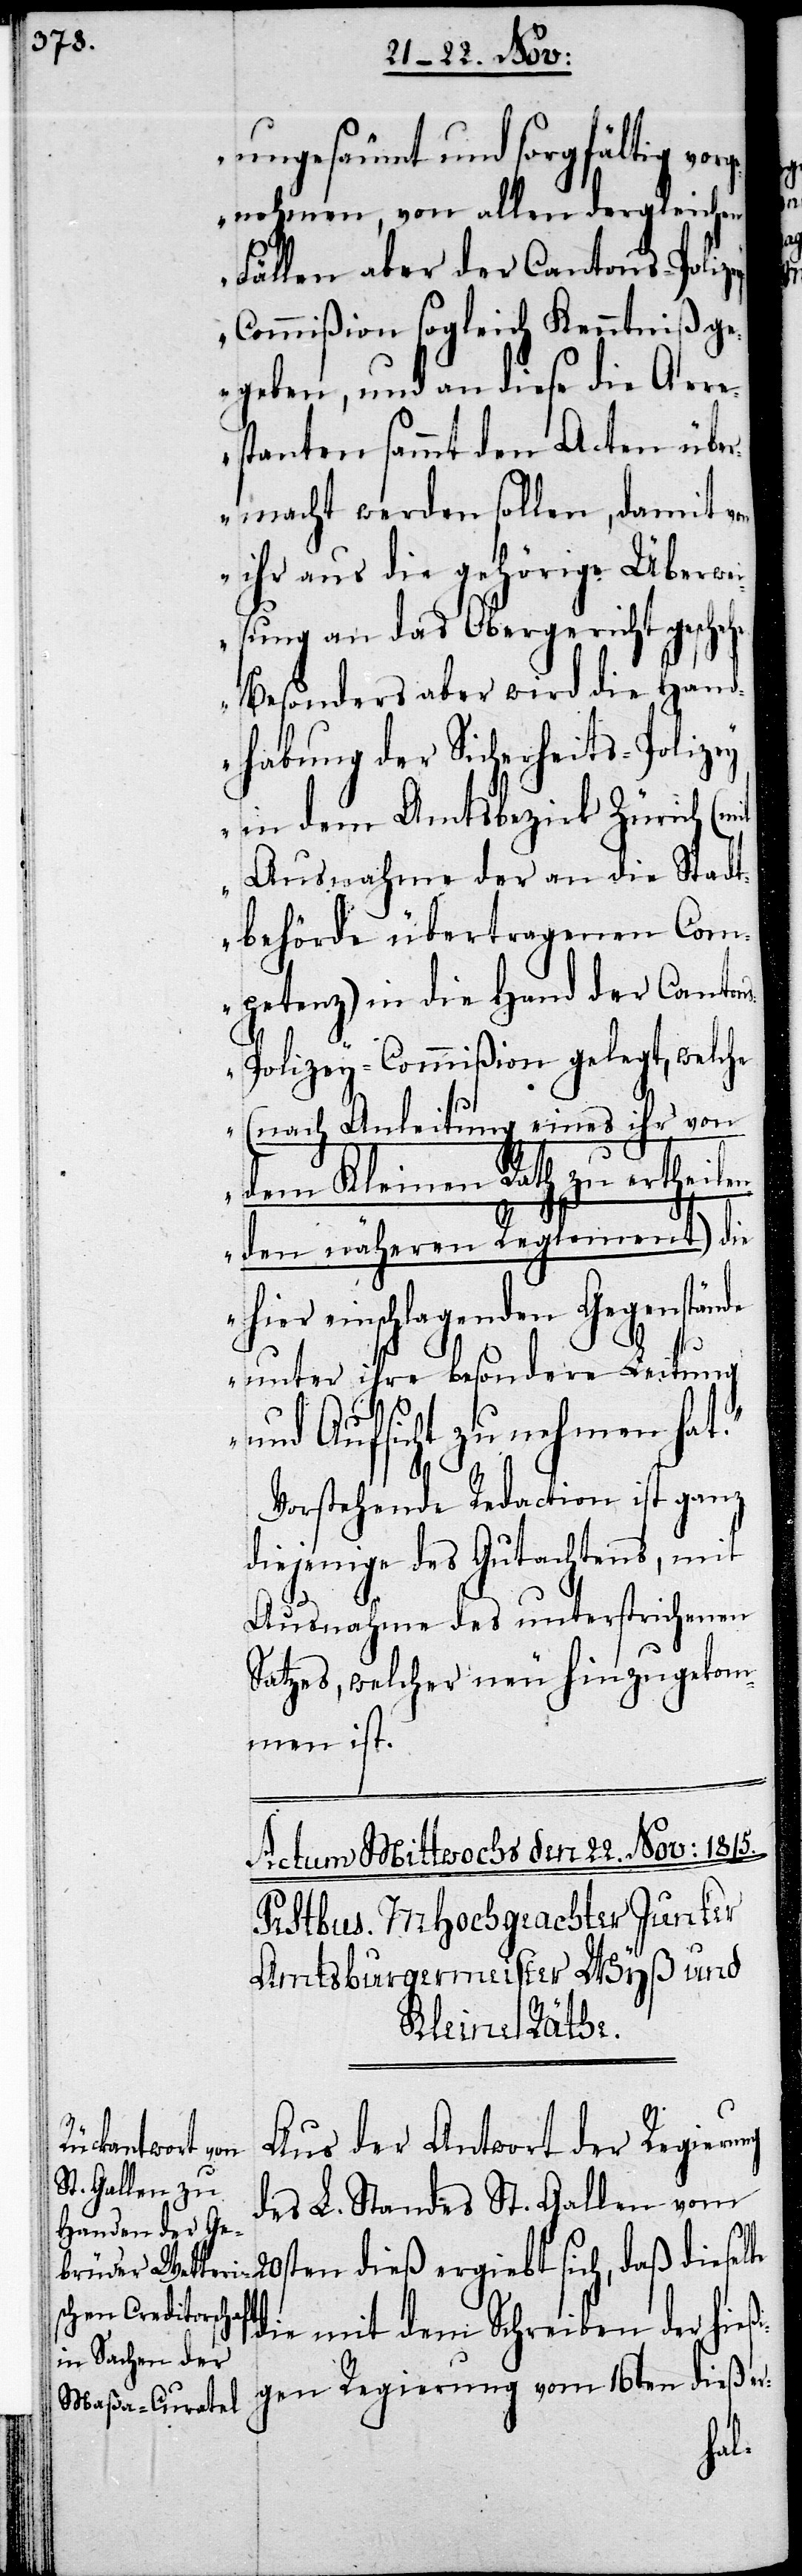
ungesäumt und sorgfältig vo¬
rgenohmen, von allen dergleichen
Fällen aber der Cantons-Polize¬
y-Commißion sogleich Kenntniß ge¬
geben, und an diese die Arre¬
stanten sammt den Acten übe¬
rmacht werden sollen, damit von
ihr aus die gehörige Überwe¬
isung an das Obergericht geschehe.
Besonders aber wird die Hand¬
habung der Sicherheits-Polizey
in dem Amtsbezirk Zürich (mit
Ausnahme der an die Stadt¬
behörde übertragenen Com¬
petenz) in die Hand der Canton¬
s-Polizey-Commißion gelegt, welche
(nach Anleitung eines ihr von
dem Kleinen Rath zu ertheile¬
nden näheren Reglement) die
hier einschlagenden Gegenständ¬
e unter ihre besondere Leitung
und Aufsicht zu nehmen hat.“
Vorstehende Redaction ist ganz
diejenige des Gutachtens, mit
Ausnahme des unterstrichenen
Satzes, welcher neu hinzugekom¬
men ist.
Aus der Antwort der Regierung
des L. Standes St. Gallen vom
20sten dieß ergiebt sich, daß dieselbe
die mit dem Schreiben der hieß¬
igen Regierung vom 16ten dieß er-